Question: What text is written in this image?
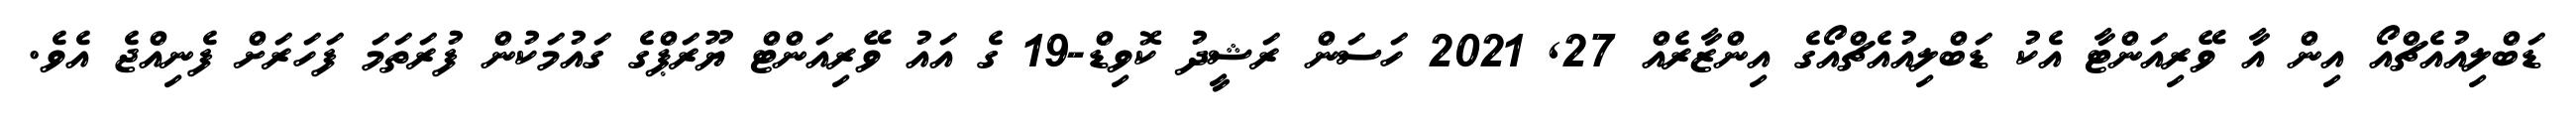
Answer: ޑަބްލިއުއެޗްއޯ އިން އާ ވޭރިއަންޓާ އެކު ޑަބްލިއުއެޗްއޯގެ އިންޒާރެއް 27, 2021 ހަސަން ރަޝީދު ކޮވިޑް-19 ގެ އައު ވޭރިއަންޓް ޔޫރަޕްގެ ގައުމަކުން ފުރަތަމަ ފަހަރަށް ފެނިއްޖެ އެވެ.